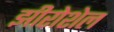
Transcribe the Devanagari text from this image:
झीरोशेल